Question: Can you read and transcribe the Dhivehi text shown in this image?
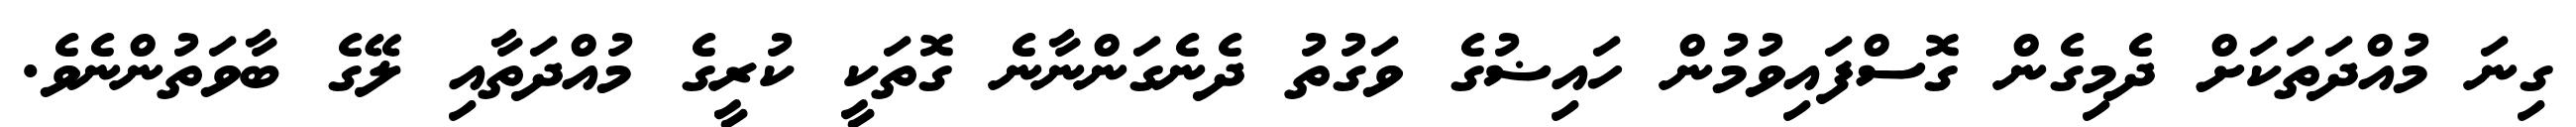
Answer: ގިނަ މުއްދަތަކަށް ދެމިގެން ގޮސްފައިވުމުން ހައިޟުގެ ވަގުތު ދެނެގަންނާނެ ގޮތަކީ ކުރީގެ މުއްދަތާއި ލޭގެ ބާވަތުންނެވެ.